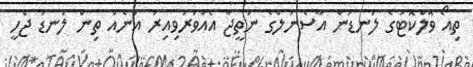
ތިއޯ ވޮލްކޮޓުގެ ލަނޑުން އާސެނަލްގެ ނަތީޖާ އެއްވަރުވިއިރު އަނެއް ތިން ލަނޑު ޖެހީ